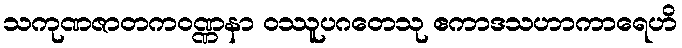
သကုဏဇာတကဝဏ္ဏနာ ဝဿူပဂတေသု ဧကာဒသဟာကာရေဟိ